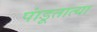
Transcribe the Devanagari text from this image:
पांडूतात्या